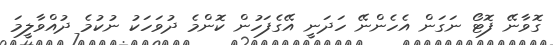
ގޮވާނޭ ފޮޓޯ ނަގަން އެހެންނޭ ހަދަނީ އޭގެފަހުން ކޮންމެ ދުވަހަކު ނުކުމެ ދުއްވާލީމަ